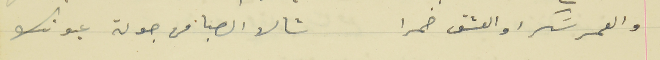
والعمر سَكرا و العشق خمرا                                        شالها الصبا من جولة عيونك